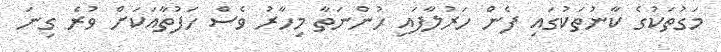
މަގުތަކުގެ ކާނުތަކުގައި ފެން ހަރުލާފައި ހުންނަތާ މިހާރު ވެސް ހަފުތާއަކަށް ވުރެ ގިނަ